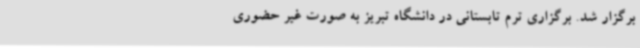
برگزار شد. برگزاری ترم تابستانی در دانشگاه‌ تبریز به صورت غیر حضوری